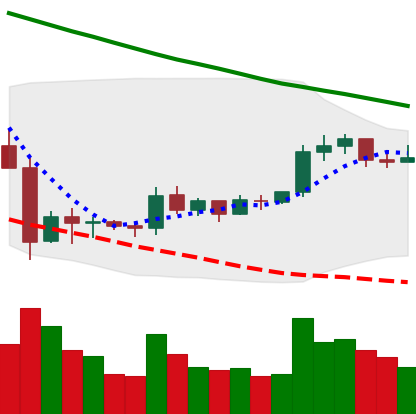
Ticker: XRP-USD
Chart end date: 2019-10-12
Forward return: 10.661%
Label: up_7plus